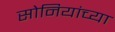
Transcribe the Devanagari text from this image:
सोनियांच्या